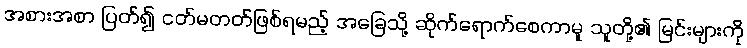
အစားအစာ ပြတ်၍ ငတ်မတတ်ဖြစ်ရမည့် အခြေသို့ ဆိုက်ရောက်စေကာမူ သူတို့၏ မြင်းများကို